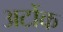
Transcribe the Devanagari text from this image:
अटोंक